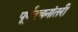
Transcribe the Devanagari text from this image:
पूर्णरचनांतरी